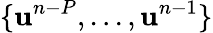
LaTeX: \{ \mathbf{u}^{n-P},...,\mathbf{u}^{n-1}\}